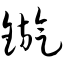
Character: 镟